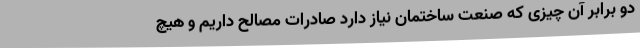
دو برابر آن چیزی که صنعت ساختمان نیاز دارد صادرات مصالح داریم و هیچ